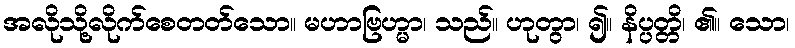
အလိုသို့လိုက်စေတတ်သော။ မဟာဗြဟ္မာ၊ သည်။ ဟုတွာ၊ ၍။ နိပ္ပတ္တိ၊ ၏။ သော၊